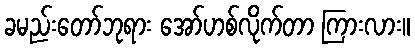
ခမည်းတော်ဘုရား အော်ဟစ်လိုက်တာ ကြားလား။